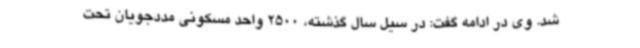
شد. وی در ادامه گفت: در سیل سال گذشته، 2500 واحد مسکونی مددجویان تحت